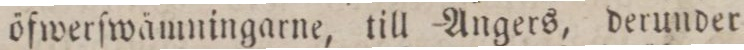
öfwerſwämningarne, till –Angers, derunder